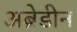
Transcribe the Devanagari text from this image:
अब्रेडीन